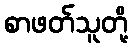
စာဖတ်သူတို့